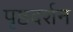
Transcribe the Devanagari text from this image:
पृष्ठदर्शन